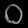
Digit: ၀